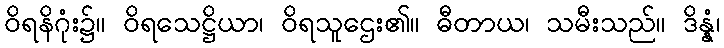
ဝိရနိဂုံး၌။ ဝိရသေဋ္ဌိယာ၊ ဝိရသူဌေး၏။ ဓီတာယ၊ သမီးသည်။ ဒိန္နံ၊